Indian journal of veterinary science and animal husbandry - Volumes 15-17, 1948-1951
Year: 1948
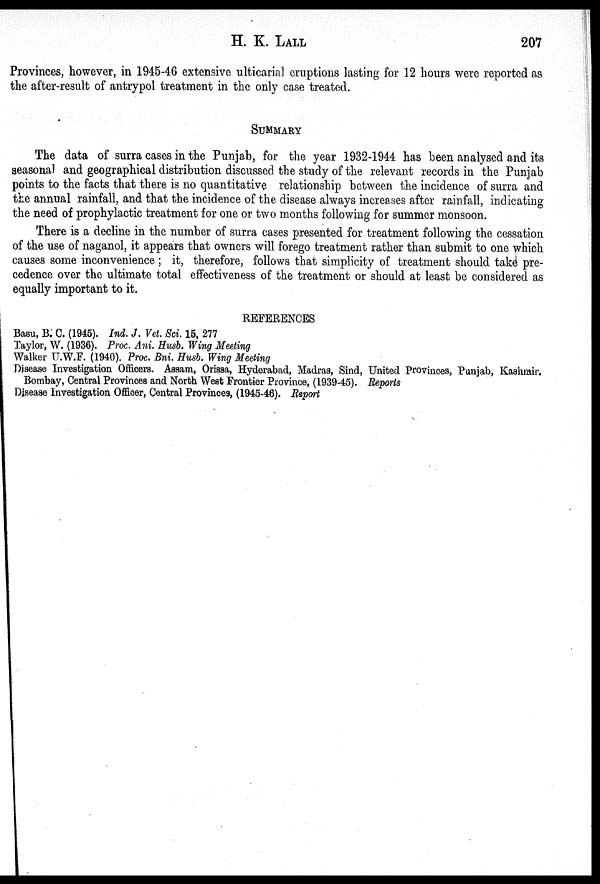
H. K.
LALL
207
Provinces, however, in 1945-46 extensive ulticarial cruptions lasting for 12 hours were reported as
the after-result of antrypol treatment in the only case treated.
SUMMARY
The data of surra cases in the Punjab, for the year 1932-1944 has been analysed and its
seasonal and geographical distribution discussed the study of the relevant records in the Punjab
points to the facts that there is no quantitative relationship between the incidence of surra and
the annual rainfall, and that the incidence of the disease always increases after rainfall, indicating
the need of prophylactic treatment for one or two months following for summer monsoon.
There is a decline in the number of surra cases presented for treatment following the cessation
of the use of naganol, it appears that owners will forego treatment rather than submit to one which
causes some inconvenience; it, therefore, follows that simplicity of treatment should take pre-
cedence over the ultimate total effectiveness of the treatment or should at least be considered as
equally important to it.
REFERENCES
Basu, B. C. (1945). Ind. J. Vet. Sci. 15, 277
Taylor, W. (1936). Proc. Ani. Husb. Wing Meeting
Walker U.W.F. (1940). Proc. Bni. Husb. Wing Meeting
Disease Investigation Officers. Assam, Orissa, Hyderabad, Madras, Sind, United Provinces, Punjab, Kashmir.
Bombay, Central Provinces and North West Frontier Province, (1939-45). Reports
Disease Investigation Officer, Central Provinces, (1945-46). Report